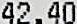
42.40